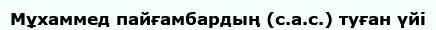
Мұхаммед пайғамбардың (с.а.с.) туған үйі